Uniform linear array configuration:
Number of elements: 12
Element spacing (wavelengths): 0.25
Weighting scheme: exponential
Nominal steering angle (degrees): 30
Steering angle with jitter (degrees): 29.097
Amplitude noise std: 0.05
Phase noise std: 0.05

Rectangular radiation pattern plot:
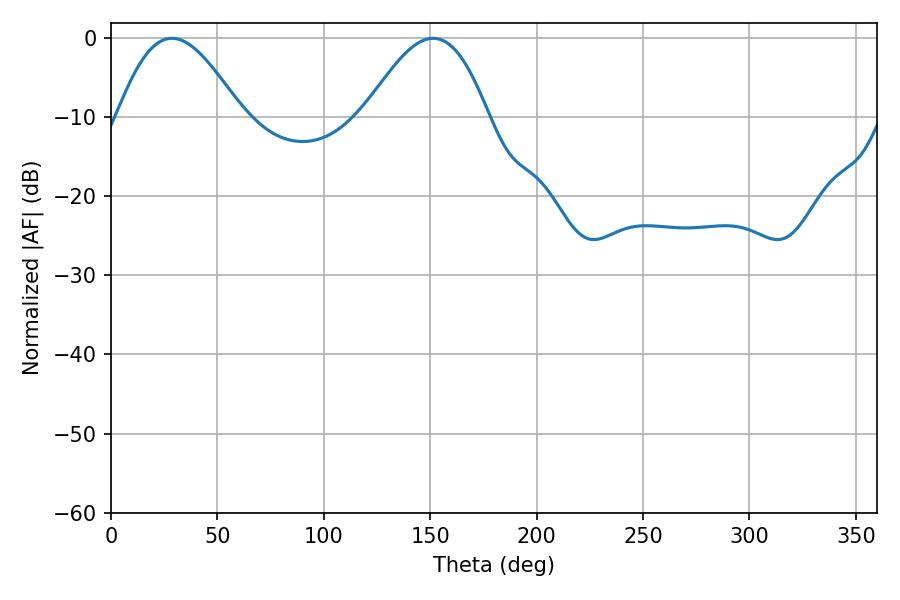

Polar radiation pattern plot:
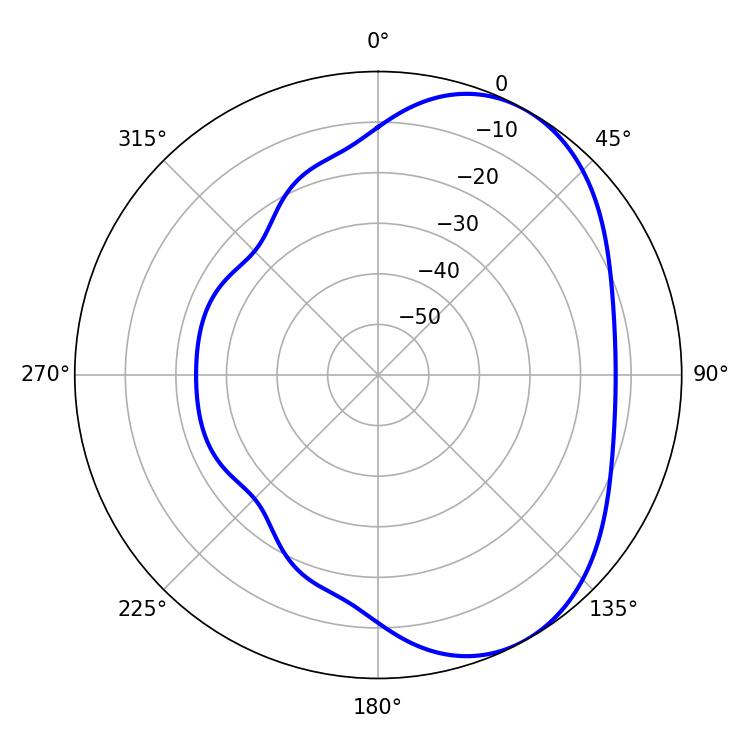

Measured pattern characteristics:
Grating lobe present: FALSE
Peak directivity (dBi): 4.979
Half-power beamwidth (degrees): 31.5
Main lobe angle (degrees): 151.38